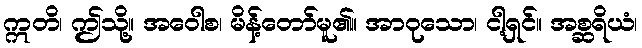
ဣတိ၊ ဤသို့။ အဝေါစ၊ မိန့်တော်မူ၏။ အာဝုသော၊ ငါ့ရှင်။ အစ္ဆရိယံ၊